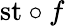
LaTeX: {\mathrm{st}}\circ f